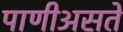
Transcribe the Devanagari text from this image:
पाणीअसते